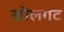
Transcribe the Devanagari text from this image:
खॊलगट